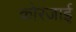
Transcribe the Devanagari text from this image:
कोरजाई